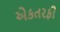
એકતરફી